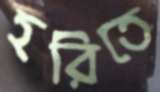
হরিতে